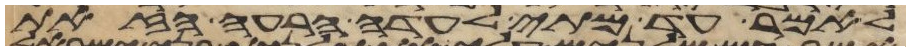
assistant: לאמר עד מתי לעדה הרעה הזאת